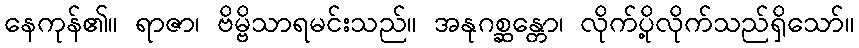
နေကုန်၏။ ရာဇာ၊ ဗိမ္ဗိသာရမင်းသည်။ အနုဂစ္ဆန္တော၊ လိုက်ပို့လိုက်သည်ရှိသော်။